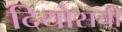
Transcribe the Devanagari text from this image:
दियोसची